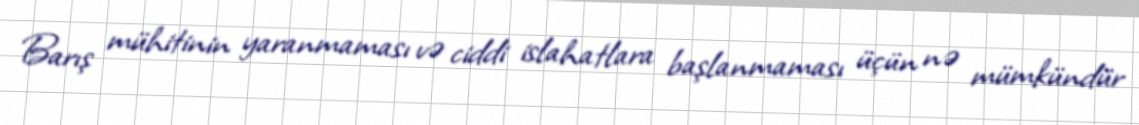
Barış mühitinin yaranmaması və ciddi islahatlara başlanmaması üçün nə mümkündür